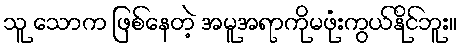
သူ သောက ဖြစ်နေတဲ့ အမူအရာကိုမဖုံးကွယ်နိုင်ဘူး။